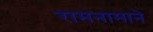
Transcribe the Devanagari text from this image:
रामनामाने